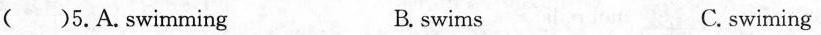
（）5.A.Swimming B. swims C. swiming